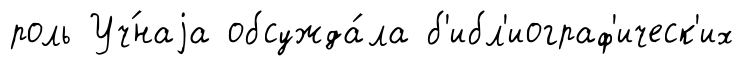
роль Уч́наjа обсужда́ла б'ибл'иограф'ическ'их